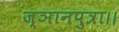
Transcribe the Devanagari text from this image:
ज्ञानपुत्रा।।